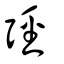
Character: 弳